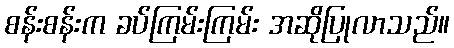
စန်းစန်းက ခပ်ကြမ်းကြမ်း အဆိုပြုလာသည်။